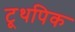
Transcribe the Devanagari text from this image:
टूथपिक